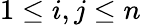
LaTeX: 1\leq i,j\leq n